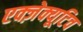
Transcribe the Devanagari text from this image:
एक्ज़ेक्यूटिव